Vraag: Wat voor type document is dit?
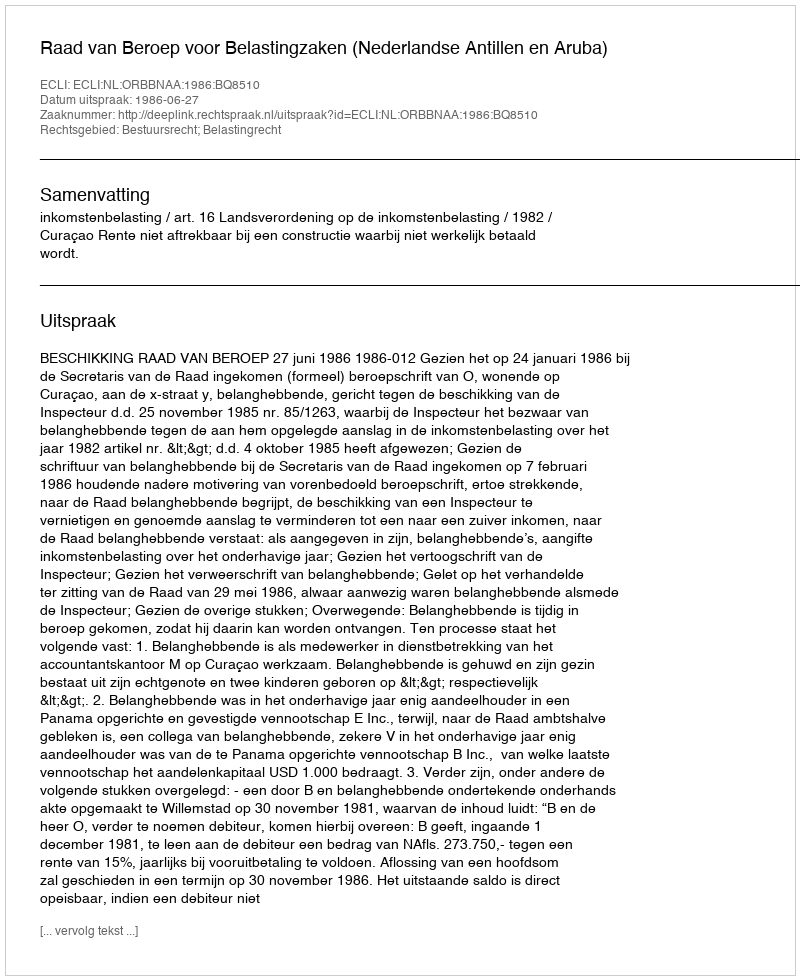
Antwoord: Uitspraak